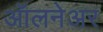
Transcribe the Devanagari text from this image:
ऑलनेअर